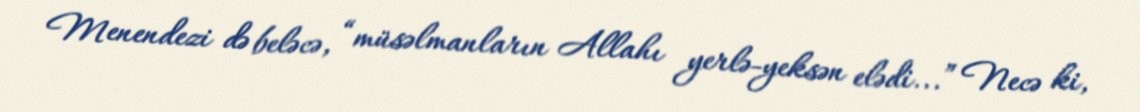
Menendezi də beləcə, “müsəlmanların Allahı yerlə-yeksən elədi...” Necə ki,